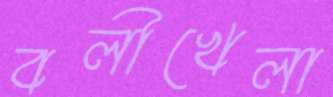
বলীখেলা